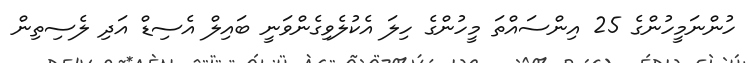
ހުންނަމީހުންގެ 25 އިންސައްތަ މީހުންގެ ހިލަ އެކުލެވިގެންވަނީ ބައިލް އެސިޑް އަދި ލެސިތިން